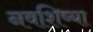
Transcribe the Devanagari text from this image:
नवशिष्या